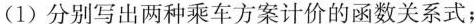
(1)分别写出两种乘车方案计价的函数关系式；